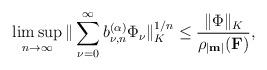
LaTeX: \begin{align*}\limsup_{n \rightarrow \infty} \|\sum_{\nu=0}^{\infty} b_{\nu,n}^{(\alpha)} \Phi_\nu\|_K^{1/n}\leq \frac{\|\Phi\|_K}{\rho_{|\textup{\textbf{m}}|}(\textup{\textbf{F}})},\end{align*}